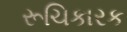
રૂચિકારક